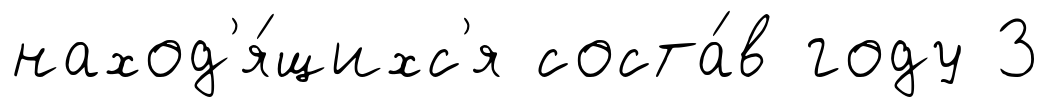
наход'я́щихс'я соста́в году 3